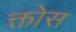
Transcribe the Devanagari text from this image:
क्तोस